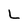
Character: L